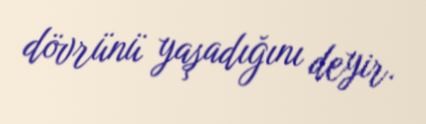
dövrünü yaşadığını deyir.